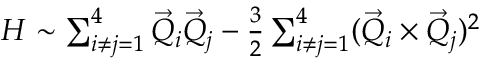
\begin{array} { r } { H \sim \sum _ { i \neq j = 1 } ^ { 4 } \vec { Q } _ { i } \vec { Q } _ { j } - \frac { 3 } { 2 } \sum _ { i \neq j = 1 } ^ { 4 } ( \vec { Q } _ { i } \times \vec { Q } _ { j } ) ^ { 2 } } \end{array}